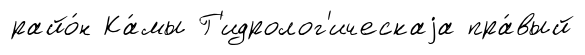
райо́н Ка́мы Г'идролог'ическаjа пра́вый